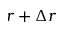
r + \Delta r